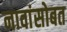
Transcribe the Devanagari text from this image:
नावांसोबत